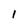
Character: I